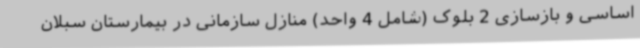
اساسی و بازسازی 2 بلوک (شامل 4 واحد) منازل سازمانی در بیمارستان سبلان